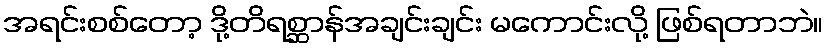
အရင်းစစ်တော့ ဒို့တိရစ္ဆာန်အချင်းချင်း မကောင်းလို့ ဖြစ်ရတာဘဲ။